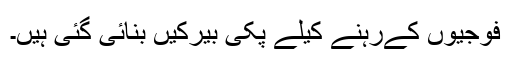
فوجیوں کےرہنے کیلے پکی بیرکیں بنائی گئی ہیں۔